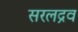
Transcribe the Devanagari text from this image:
सरलद्रव